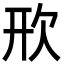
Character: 㰢